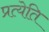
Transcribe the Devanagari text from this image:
प्रत्येति